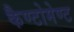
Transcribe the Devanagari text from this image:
कैण्‍टोमेण्‍ट